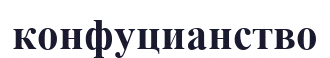
конфуцианство